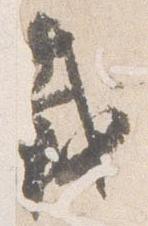
載